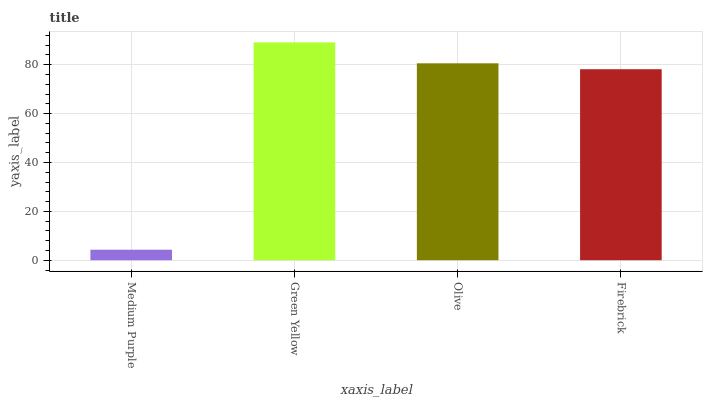
| xaxis_label | bars |
 | --- | --- |
 | Medium Purple | 4.31 |
 | Green Yellow | 89.2 |
 | Olive | 80.6 |
 | Firebrick | 78.2 |